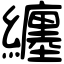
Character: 纏